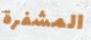
المشفرة